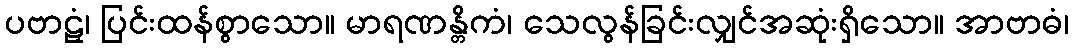
ပဗာဠှံ၊ ပြင်းထန်စွာသော။ မာရဏန္တိကံ၊ သေလွန်ခြင်းလျှင်အဆုံးရှိသော။ အာဗာဓံ၊